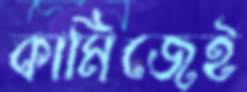
কামিজেই